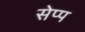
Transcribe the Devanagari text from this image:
सेप्प